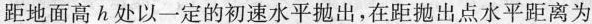
距地面高h处以一定的初速水平抛出，在距抛出点水平距离为